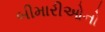
બીમારીઓનો